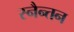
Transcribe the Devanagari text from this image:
स्नैन्तन